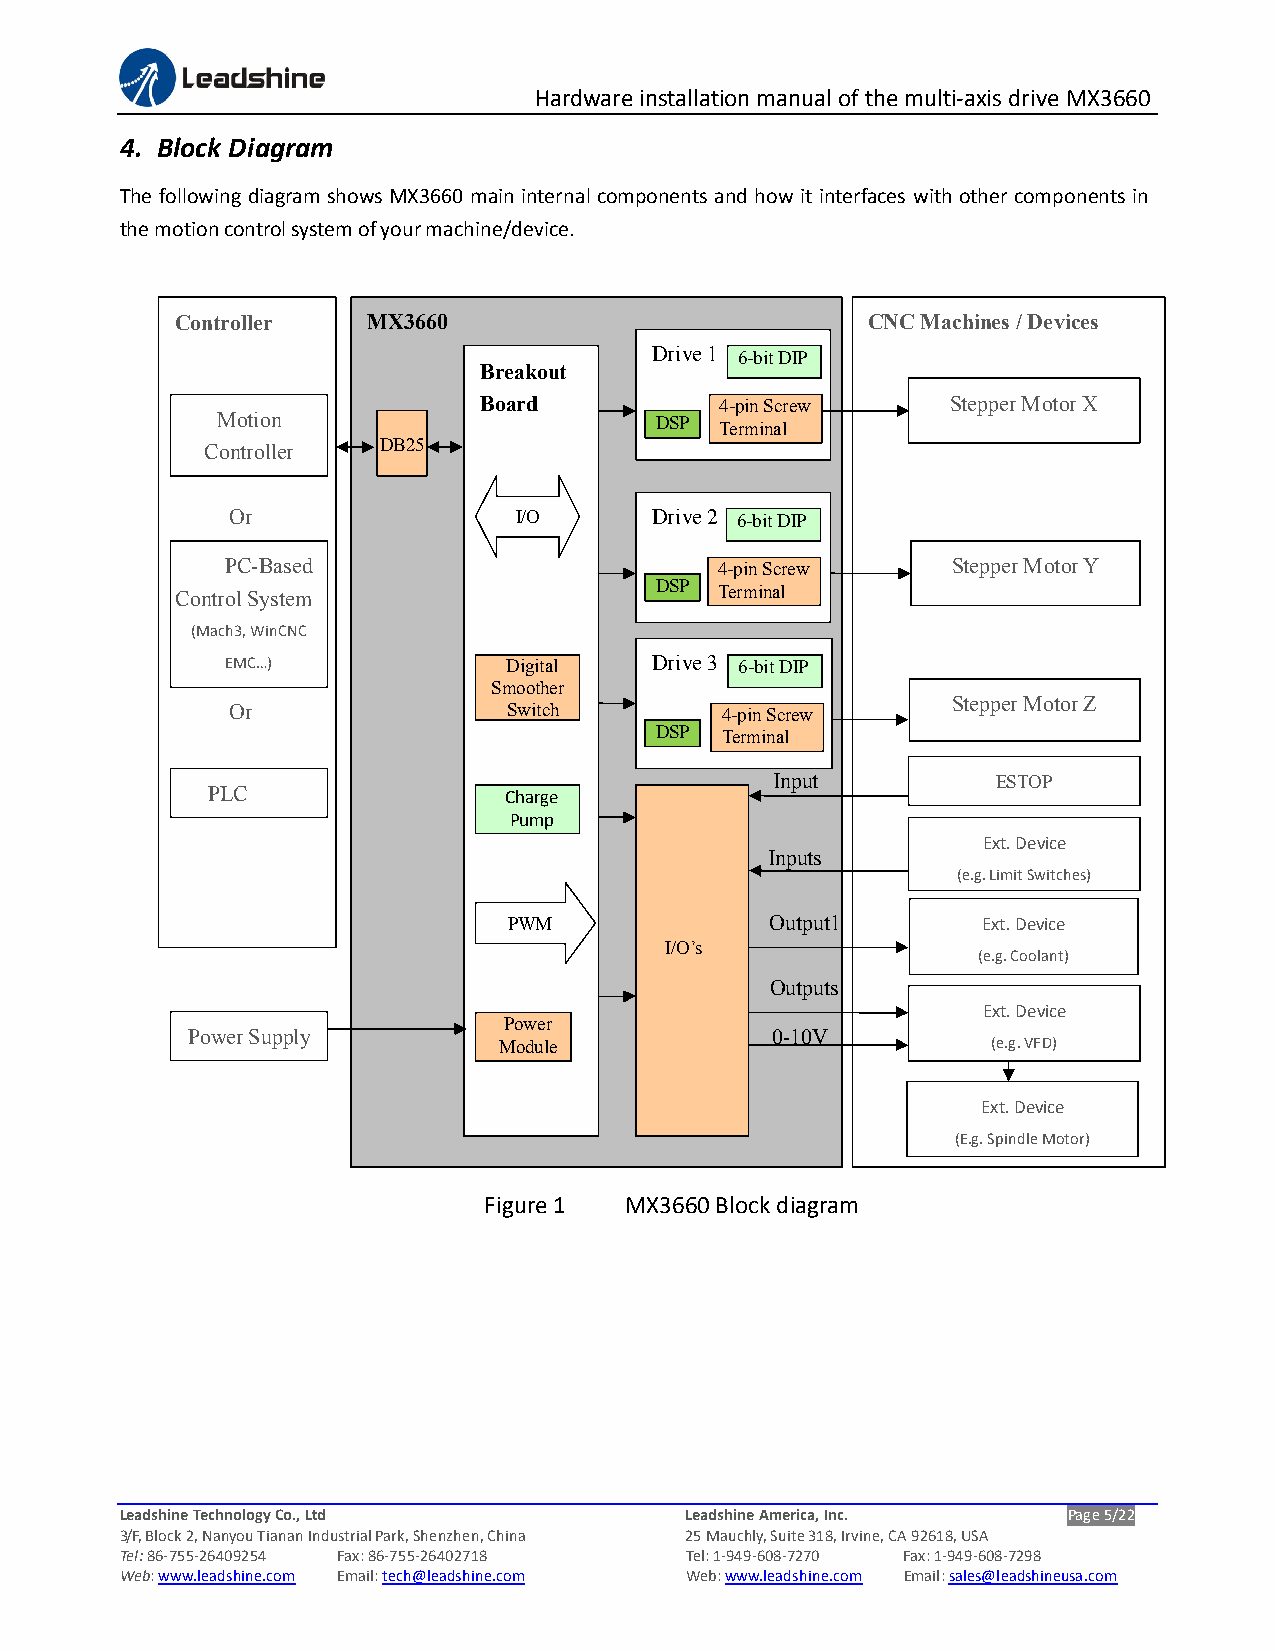
Hardware installation manual of the multi-axis drive MX3660
 4. Block Diagram
 The following diagram shows MX3660 main internal components and how it interfaces with other components in
 the motion control system of your machine/device.
 Controller  MX3660                           CNC Machines / Devices
 Drive 1 6-bit DIP
 Breakout
 Board           4-pin Screw    Stepper Motor X
 Motion                       DSP  Terminal
 Controller DB25
 Or                 I/O      Drive 2 6-bit DIP
 PC-Based                         4-pin Screw    Stepper Motor Y
 Control System                 DSP  Terminal
 (Mach3, WinCNC
 EMC…)              Digital  Drive 3 6-bit DIP
 Smoother
 Stepper Motor Z
 Or                 Switch        4-pin Screw
 DSP  Terminal
 Input          ESTOP
 PLC                Charge
 Pump
 Ext. Device
 Inputs
 (e.g. Limit Switches)
 PWM              Output1       Ext. Device
 I/O’s
 (e.g. Coolant)
 Outputs
 Ext. Device
 Power
 Power Supply                           0-10V
 Module                           (e.g. VFD)
 Ext. Device
 (E.g. Spindle Motor)
 Figure 1 MX3660 Block diagram
 Leadshine Technology Co., Ltd        Leadshine America, Inc.   Page 5/22
 3/F, Block 2, Nanyou Tianan Industrial Park, Shenzhen, China 25 Mauchly, Suite 318, Irvine, CA 92618, USA
 Tel: 86-755-26409254 Fax: 86-755-26402718 Tel: 1-949-608-7270 Fax: 1-949-608-7298
 Web: www.leadshine.com Email: tech@leadshine.com Web: www.leadshine.com Email: sales@leadshineusa.com